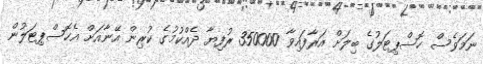
ނަމަވެސް ހޮސްޕިޓަލުގެ ބިލަށް އަރާފައިވާ 350000 ރުފިޔާ ދެއްކުމުގެ ކުރިން އޭނާއަށް އެހޮސްޕިޓަލުން